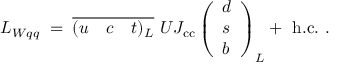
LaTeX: { \cal L } _ { W q q } \; = \; \overline { { { ( u ~ ~ ~ c ~ ~ ~ t ) _ { L } } } } ~ U J _ { \mathrm { c c } } \left( \begin{array} { l } { { d } } \\ { { s } } \\ { { b } } \end{array} \right) _ { L } + ~ \mathrm { h . c . } ~ .